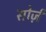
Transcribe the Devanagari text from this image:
सोर्ज़